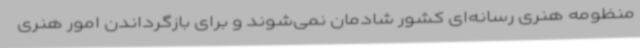
منظومه هنری رسانه‌ای کشور شادمان نمی‌شوند و برای بازگرداندن امور هنری